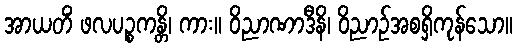
အာယတိံ ဖလပဉ္စကန္တိ၊ ကား။ ဝိညာဏာဒီနိ၊ ဝိညာဉ်အစရှိကုန်သော။